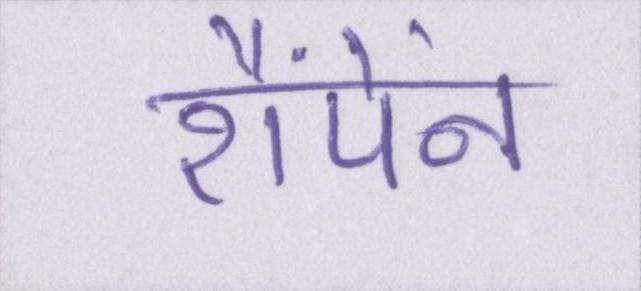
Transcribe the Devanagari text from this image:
शैंपेंन